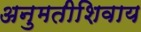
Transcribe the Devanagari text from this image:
अनुमतीशिवाय